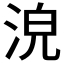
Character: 𣴟